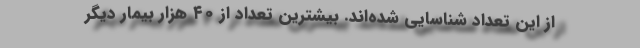
از این تعداد شناسایی شده‌اند. بیشترین تعداد از ۴۰ هزار بیمار دیگر